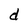
Character: d